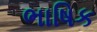
ભાષિક